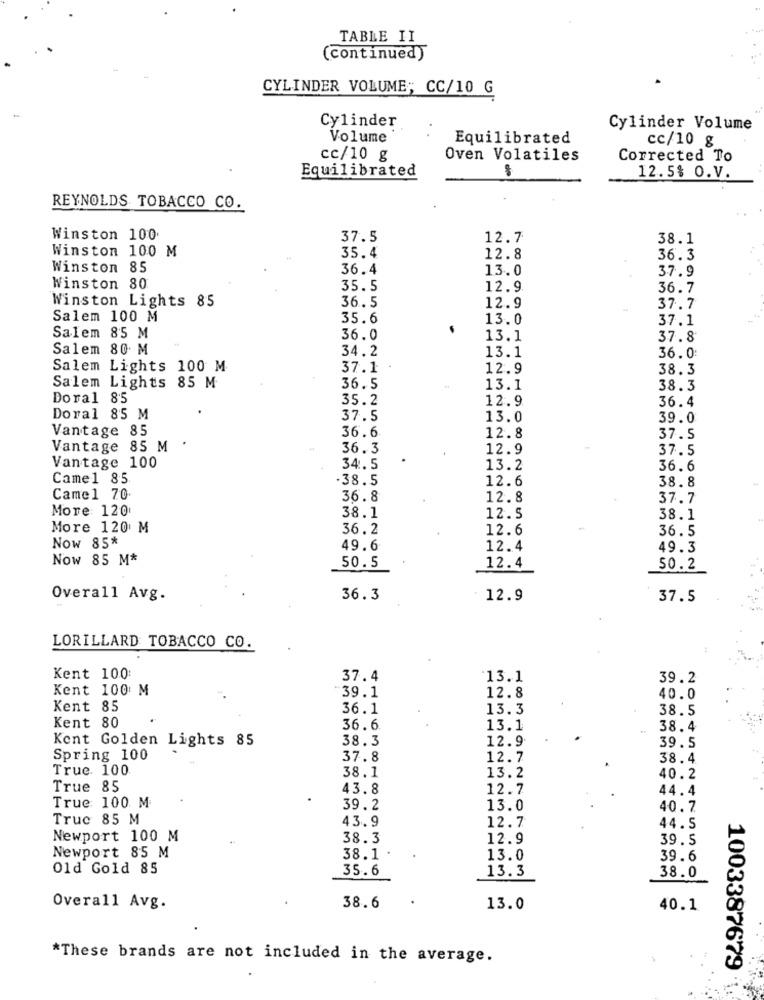
TABLE II
(continued)
CYLINDER VOLUME; CC/10 G
Cylinder
Cylinder Volume
Volume
Equilibrated
cc/10 g
cc/10 g
Oven Volatiles
Corrected To
Equilibrated
12.5% O.V.
REYNOLDS TOBACCO CO.
Winston 100
37.5
12.7
38.1
Winston 100 M
35.4
12.8
36.3
Winston 85
36.4
13.0
37.9
Winston 80
35.5
12.9
36.7
Winston Lights 85
36. 5
12.9
37.7
Salem 100 M
35.6
13.0
37.1
Salem 85 M
36.0
13.1
37.8
Salem 80 M
34.2
13.1
36.0
Salem Lights 100 M
37.1
12.9
38.3
ONHI
Salem Lights 85 M
36.5
13.1
38.3
Dora1 85
35.2
12.9
36.4
Doral 85 M
37.5
13.0
39.0
Vantage 85
36.6
12.8
37.5
Vantage 85 M
36.3
12.9
37.5
Vantage 100
34.5
13.2
36.6
Came1 85
.38.5
12.6
38.8
Came1 70
36.8
12.8
37.7
More 120
38.1
12.5
38.1
More 120 M
36.2
12.6
36.5
Now 85*
49.6
12.4
49.3
Now 85 M*
50.5
12.4
50.2
Overall Avg.
36.3
12.9
37.5
LORILLARD TOBACCO CO.
Kent 100:
37.4
'13.1
39.2
Kent 100 M
12.8
39.1
40.0
Kent 85
36.1
13.3
38.5
Kent 80
36.6
13.1
38.4
Kent Golden Lights 85
38.3
12.9
39.5
Spring 100
37.8
12.7
38.4
True. 100
13.2
38.1
40.2
True 85
43.8
12.7
44.4
True: 100 M
39.2
13.0
40.7
Truc 85 M
43.9
12.7
44.5
Newport 100 M
38.3
12.9
39.5
Newport 85 M
38.1
13.0
39.6
Old Gold 85
35.6
13.3
38.0
Overall Avg.
38.6
13.0
40.1
*These brands are not included in the average.
1003387679